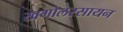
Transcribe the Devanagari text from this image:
खगोलरसायन